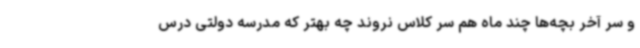
و سر آخر بچه‌ها چند ماه هم سر کلاس نروند چه بهتر که مدرسه دولتی درس